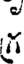
గ